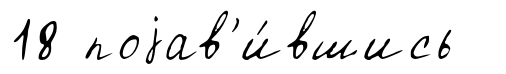
18 поjав'и́вшись